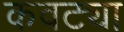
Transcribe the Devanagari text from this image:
कवट्या